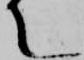
て